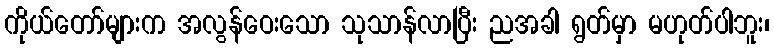
ကိုယ်တော်များက အလွန်ဝေးသော သုသာန်လာပြီး ညအခါ ရွတ်မှာ မဟုတ်ပါဘူး၊